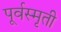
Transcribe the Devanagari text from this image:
पूर्वस्मृती